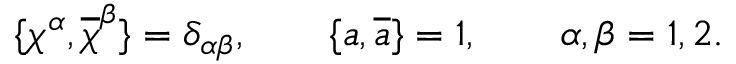
\{ \chi ^ { \alpha } , \overline { { { \chi } } } ^ { \beta } \} = \delta _ { \alpha \beta } , \qquad \{ a , \overline { { { a } } } \} = 1 , \qquad \alpha , \beta = 1 , 2 .